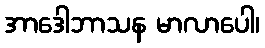
အာဒေါဘာသန မာလာပေါ၊